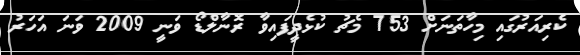
ކެރިއަރުގައި މިހާތަނަށް 753 މެޗު ކުޅެދީފައިވާ ރޮނާލްޑޯ ވަނީ 2009 ވަނަ އަހަރު